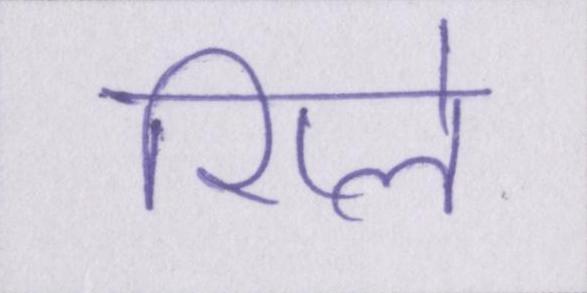
रिप्ले